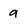
Character: g